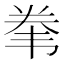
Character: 𱂇